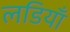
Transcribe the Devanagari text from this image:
लडियाँ